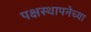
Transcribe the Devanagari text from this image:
पक्षस्थापनेच्या